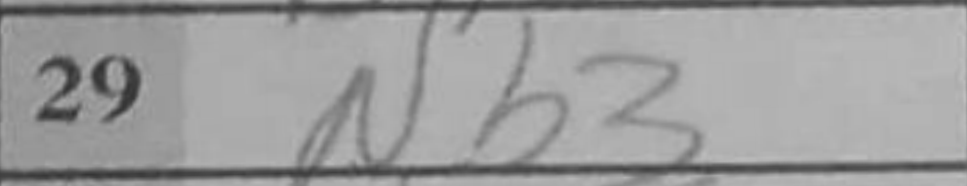
Transcription: Nb3